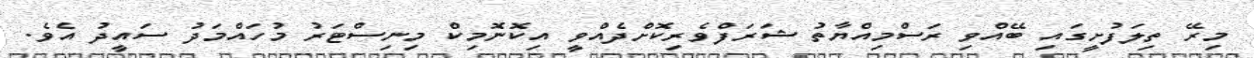
މިރޭ ތިލަފުށީގައި ބޭއްވި ރަސްމިއްޔާތު ޝަރަފްވެރިކޮށްދެއްވީ އިކޮނޮމިކް މިނިސްޓަރު މުހައްމަދު ސައީދު އެވެ.